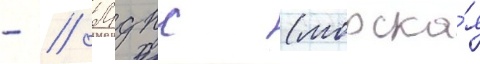
- // Мдпс (морска́я